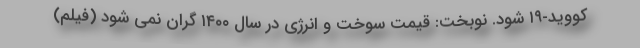
کووید-۱۹ شود. نوبخت: قیمت سوخت و انرژی در سال ۱۴۰۰ گران نمی شود (فیلم)